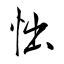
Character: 㤕